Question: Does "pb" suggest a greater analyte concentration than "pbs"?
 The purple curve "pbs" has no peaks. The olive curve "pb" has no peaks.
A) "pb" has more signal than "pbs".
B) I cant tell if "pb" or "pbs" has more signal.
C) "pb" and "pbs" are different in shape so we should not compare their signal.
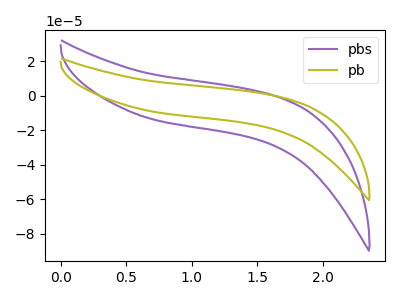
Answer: <think>Neither "pb" or "pbs" have any peaks.
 </think>
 <answer>B) I cant tell if "pb" or "pbs" has more signal.</answer>
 <eval>B</eval>